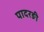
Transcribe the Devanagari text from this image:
पादरङी